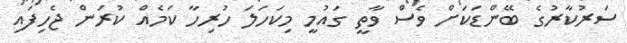
ސަރުކާރުގެ ބޭންޑަކަށް ވެސް ވާތީ ގައުމީ މިކަހަލަ ހުރިހާ ކަމެއް ކުރަން ޖެހިފައި